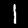
Digit: 1